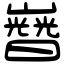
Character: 𡾡